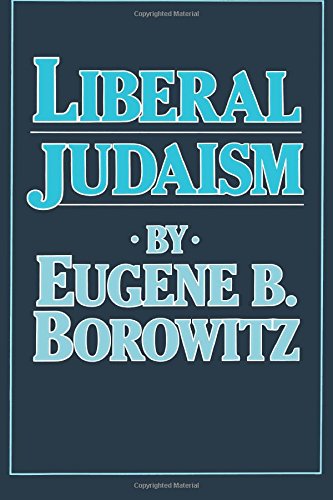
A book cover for Liberal Judaism; Eugene B. Borowitz; Religion & Spirituality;